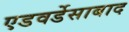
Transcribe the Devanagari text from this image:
एडवर्डेसाबाद